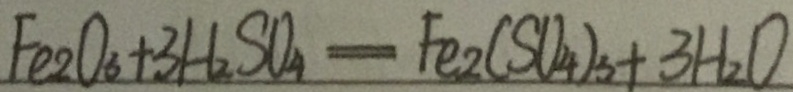
F e _ { 2 } O _ { 3 } + 3 H _ { 2 } S O _ { 4 } = F e _ { 2 } ( S O _ { 4 } ) _ { 3 } + 3 H _ { 2 } O